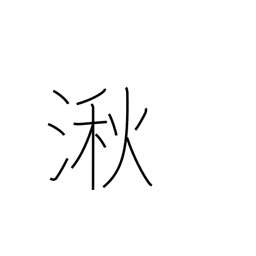
Meaning: wetlands